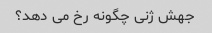
جهش ژنی چگونه رخ می دهد؟